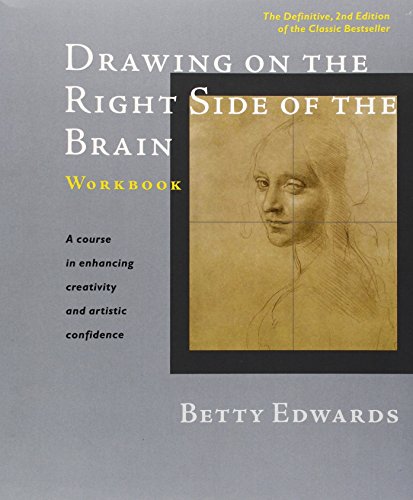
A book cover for Drawing on the Right Side of the Brain Workbook: The Definitive, Updated 2nd Edition; Betty Edwards; Arts & Photography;